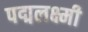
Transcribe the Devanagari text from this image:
पद्मलक्ष्मी